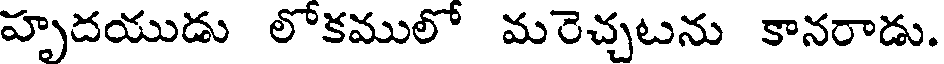
హృదయుడు లోకములో మరెచ్చటను కానరాడు.